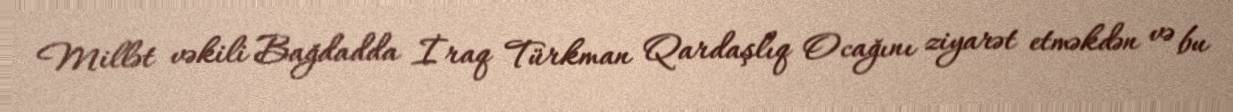
Millət vəkili Bağdadda İraq Türkman Qardaşlıq Ocağını ziyarət etməkdən və bu